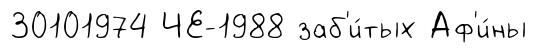
30101974 ЧЕ-1988 заб'и́тых Аф'и́ны